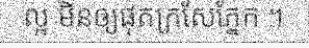
ល្អ មិនឲ្យផុតក្រសែភ្នែក ។